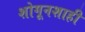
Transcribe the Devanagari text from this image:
शोगूनशाही